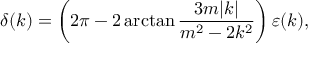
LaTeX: \delta ( k ) = \left( 2 \pi - 2 \arctan { \frac { 3 m | k | } { m ^ { 2 } - 2 k ^ { 2 } } } \right) \varepsilon ( k ) ,